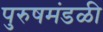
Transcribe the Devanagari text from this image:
पुरुषमंडळी